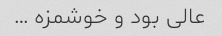
عالی بود و خوشمزه …